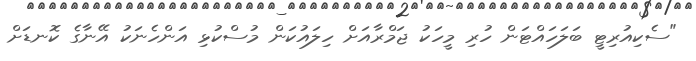
"ސެކިއުރިޓީ ބަލަހައްޓަން ހުރި މީހަކު ޖަމްރާއަށް ހިލައުކަން މުސްކުޅި އަންހެނަކު އޭނާގެ ކޮނޑަށް